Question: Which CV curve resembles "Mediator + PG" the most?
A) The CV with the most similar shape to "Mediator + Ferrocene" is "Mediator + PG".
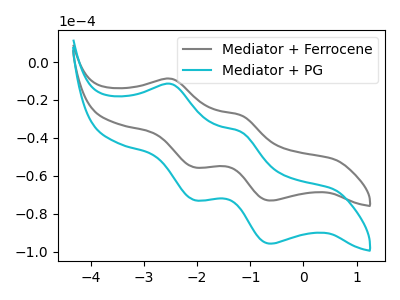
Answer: <think>The gray curve "Mediator + Ferrocene" has anodic peaks at (-2.50V, -8.85uA) (-1.15V, -28.10uA) and cathodic peaks at (-2.05V, -55.50uA) (-0.60V, -73.05uA). The cyan curve "Mediator + PG" has anodic peaks at (-2.50V, -11.60uA) (-1.15V, -36.85uA) and cathodic peaks at (-2.05V, -72.75uA) (-0.60V, -95.80uA).
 All the peaks in "Mediator + Ferrocene" have a peak in "Mediator + PG" at the same potential.</think>
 <answer>A) The CV with the most similar shape to "Mediator + Ferrocene" is "Mediator + PG".</answer>
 <eval>A</eval>